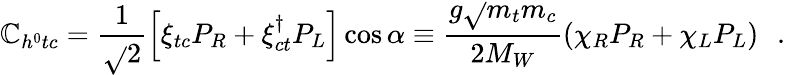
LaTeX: \mathbb{C}_{h^{0}tc}=\frac{{1}}{{\sqrt{}{{2}}}}\left[\xi_{tc}P_{R}+\xi_{ct}^{\dagger}P_{L}\right]\cos\alpha\equiv\frac{{g\sqrt{}{{m_{t}m_{c}}}}}{{2M_{W}}}(\chi_{R}P_{R}+\chi_{L}P_{L})\, \, \, \, .